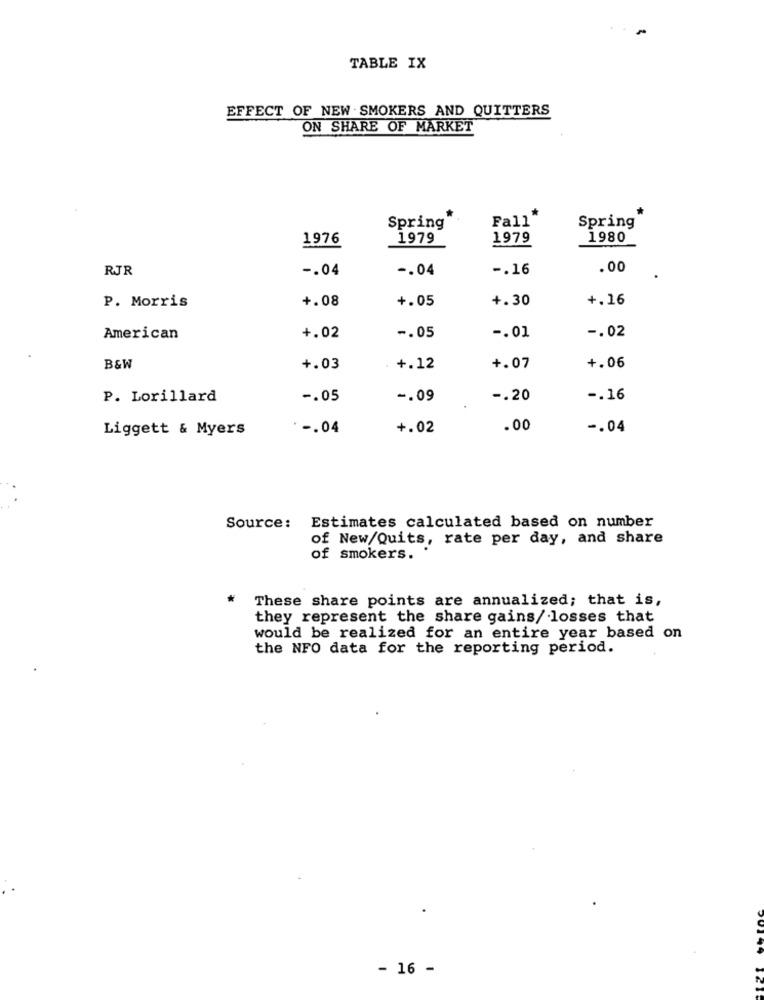
TABLE IX
EFFECT OF NEW SMOKERS AND QUITTERS
ON SHARE OF MARKET
Fall"
Spring
Spring
1976
1979
1979
1980
RJR
-. 04
-. 04
-. 16
.00
+.08
+.05
+.30
+.16
P. Morris
-. 05
American
+.02
-. 01
-. 02
B&W
+.03
+.12
+.07
+.06
P. Lorillard
-. 05
-. 09
-. 20
-. 16
Liggett & Myers
' -. 04
+.02
.00
-. 04
Source: Estimates calculated based on number
of New/Quits, rate per day, and share
of smokers.
*
These share points are annualized; that is,
they represent the share gains/ losses that
would be realized for an entire year based on
the NFO data for the reporting period.
- 16 -